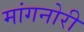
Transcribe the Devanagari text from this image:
मांगनोरी